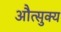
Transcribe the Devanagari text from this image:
औत्सुक्‍य